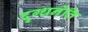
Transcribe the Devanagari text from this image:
दुग्धनेति